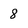
Character: 8